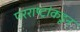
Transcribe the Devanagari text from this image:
परराष्ट्रांकडून